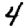
Digit: 4